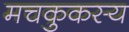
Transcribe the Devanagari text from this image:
मचकुकस्य